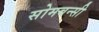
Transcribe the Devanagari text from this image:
सोमबन्सी